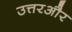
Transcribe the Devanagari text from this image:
उत्तरऔर